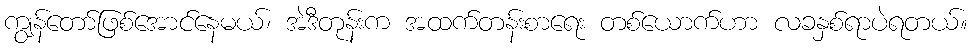
ကျွန်တော်ဖြစ်အောင်နေမယ်၊ အဲဒီတုန်းက အထက်တန်းစာရေး တစ်ယောက်ဟာ လခနှစ်ရာပဲရတယ်။